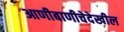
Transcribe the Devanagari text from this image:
आणीबाणीचेदेखील